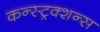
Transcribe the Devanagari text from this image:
कन्स्ट्रक्शन्स